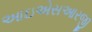
આઇએસઆરજી